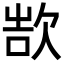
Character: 𬅨